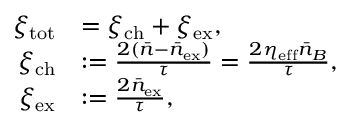
\begin{array} { r l } { \xi _ { \mathrm { t o t } } } & { = \xi _ { \mathrm { c h } } + \xi _ { \mathrm { e x } } , } \\ { \xi _ { \mathrm { c h } } } & { : = \frac { 2 ( \bar { n } - \bar { n } _ { \mathrm { e x } } ) } { \tau } = \frac { 2 \eta _ { \mathrm { e f f } } \bar { n } _ { B } } { \tau } , } \\ { \xi _ { \mathrm { e x } } } & { : = \frac { 2 \bar { n } _ { \mathrm { e x } } } { \tau } , } \end{array}